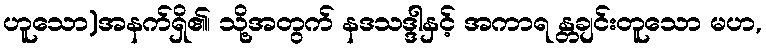
ဟူသော)အနက်ရှိ၏၊ သို့အတွက် နဒသဒ္ဒါနှင့် အကာရ န္တချင်းတူသော မဟ,